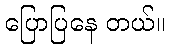
ပြောပြနေ တယ်။